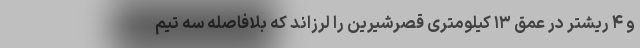
و ۴ ریشتر در عمق ۱۳ کیلومتری قصرشیرین را لرزاند که بلافاصله سه تیم